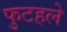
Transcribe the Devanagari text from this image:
फुटहले